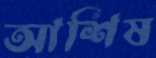
আশিষ